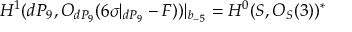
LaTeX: H ^ { 1 } ( d P _ { 9 } , { \cal O } _ { d P _ { 9 } } ( 6 \sigma | _ { d P _ { 9 } } - F ) ) | _ { b _ { - 5 } } = H ^ { 0 } ( { \cal S } , { \cal O } _ { { \cal S } } ( 3 ) ) ^ { * }